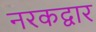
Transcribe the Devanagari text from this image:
नरकद्वार